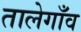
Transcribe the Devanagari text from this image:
तालेगाँव